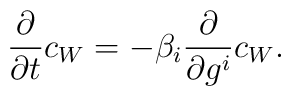
{\partial\over \partial t} c_W= -\beta_i {\partial\over \partial g^i} c_W .